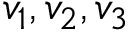
v _ { 1 } , v _ { 2 } , v _ { 3 }